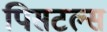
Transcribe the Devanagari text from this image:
पिसटल्स